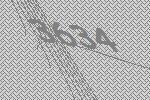
3634